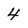
Character: 4